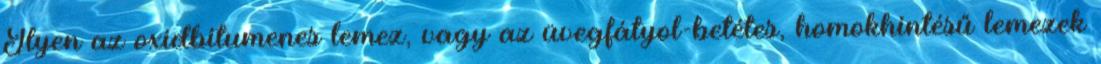
Ilyen az oxidbitumenes lemez, vagy az üvegfátyol-betétes, homokhintésű lemezek